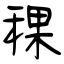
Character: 稞